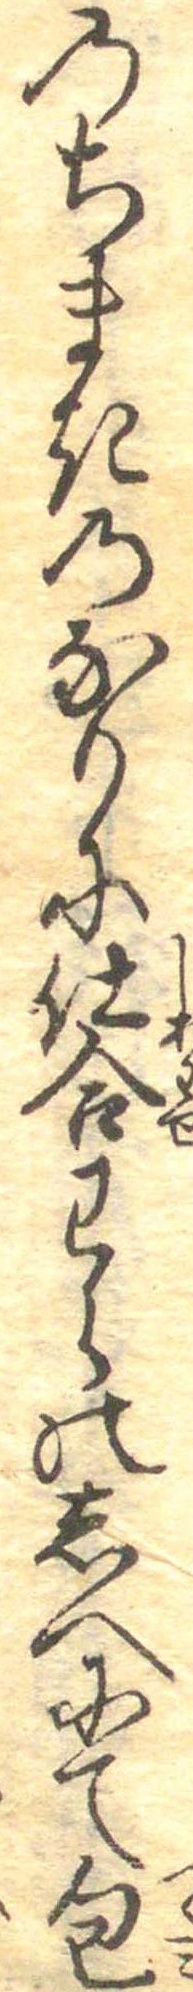
のちまきのなりに仕合わらのしへにて包